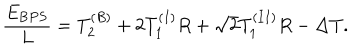
LaTeX: \frac { E _ { { \mathrm B P S } } } { L } = T _ { 2 } ^ { ( B ) } + 2 T _ { 1 } ^ { ( I ) } R + \sqrt { 2 } T _ { 1 } ^ { ( I I ) } R - \Delta T .